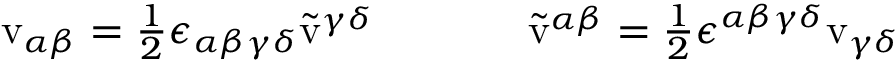
\begin{array} { c c } { { \mathrm { v } _ { \alpha \beta } = \textstyle { \frac { 1 } { 2 } } \epsilon _ { \alpha \beta \gamma \delta } \tilde { \mathrm { v } } ^ { \gamma \delta } ~ ~ ~ ~ } } & { { ~ ~ ~ ~ \tilde { \mathrm { v } } ^ { \alpha \beta } = \textstyle { \frac { 1 } { 2 } } \epsilon ^ { \alpha \beta \gamma \delta } \mathrm { v } _ { \gamma \delta } } } \end{array}